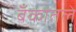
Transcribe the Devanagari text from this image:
बँकांतले